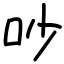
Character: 吵